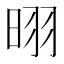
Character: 𪰣